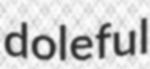
doleful